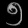
Digit: ၅